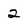
Character: 2